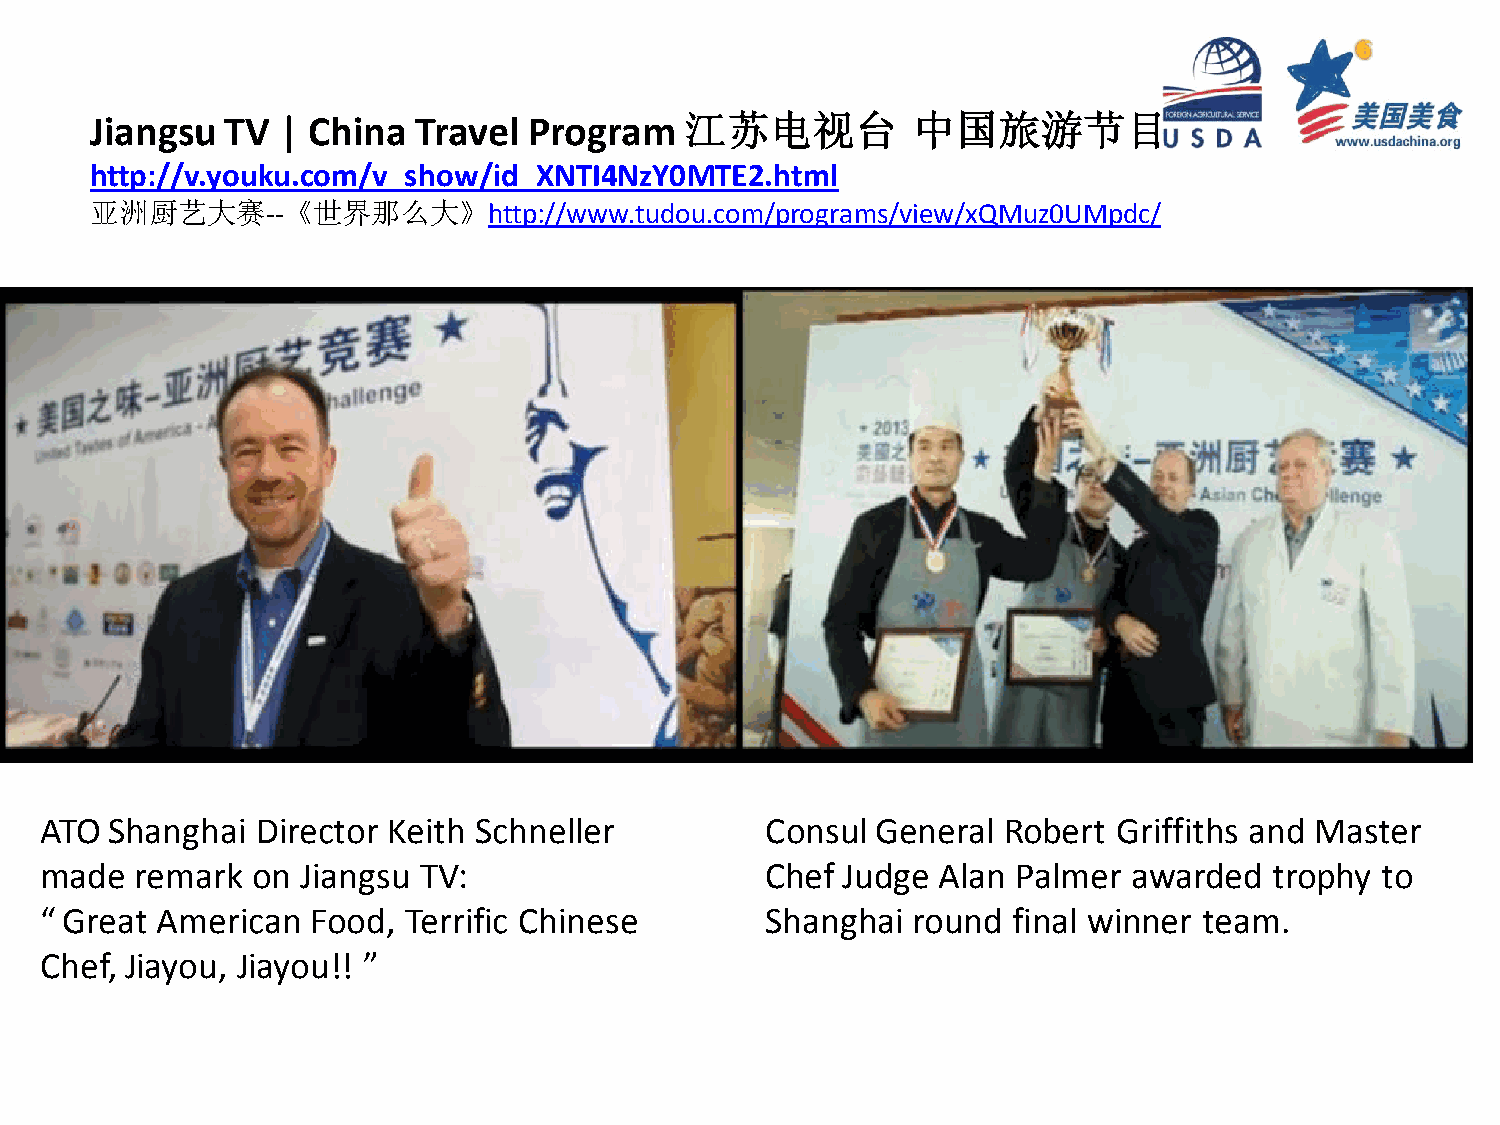
Jiangsu  TV | China  Travel  Program   江苏电视台          中国旅游节目
 http://v.youku.com/v_show/id_XNTI4NzY0MTE2.html
 亚洲厨艺大赛--《世界那么大》http://www.tudou.com/programs/view/xQMuz0UMpdc/
 ATO Shanghai  Director Keith Schneller          Consul General Robert  Griffiths and Master
 made  remark  on Jiangsu TV:                    Chef Judge Alan Palmer  awarded  trophy to
 “ Great American  Food, Terrific Chinese        Shanghai round  final winner team.
 Chef, Jiayou, Jiayou!! ”